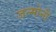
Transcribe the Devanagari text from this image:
जन्मोनी